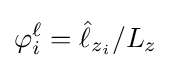
\varphi _{i}^{\ell }={\hat {\ell }}_{z_{i}}/L_{z}